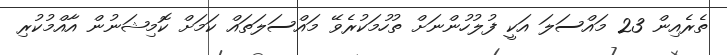
ތެރެއިން 23 މައްސަލަ އަކީ ފުލުހުންނަށް ތުހުމަކުރެވޭ މައްސަލަތައް ކަމަށް ކޮމިޝަނުން އާއްމުކުރި